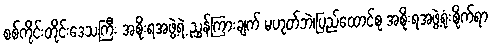
စစ်ကိုင်းတိုင်းဒေသကြီး အစိုးရအဖွဲ့ရဲ့ ညွှန်ကြားချက် မဟုတ်ဘဲ၊ပြည်ထောင်စု အစိုးရအဖွဲ့ရုံးစိုက်ရာ